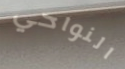
النواحي